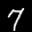
Label: 7